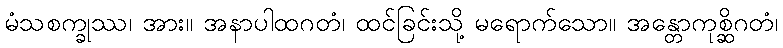
မံသစက္ခုဿ၊ အား။ အနာပါထဂတံ၊ ထင်ခြင်းသို့ မရောက်သော။ အန္တောကုစ္ဆိဂတံ၊